Civil Veterinary Department. Madras. Admin. report 1926-33 - 1926-1933
Year: 1926
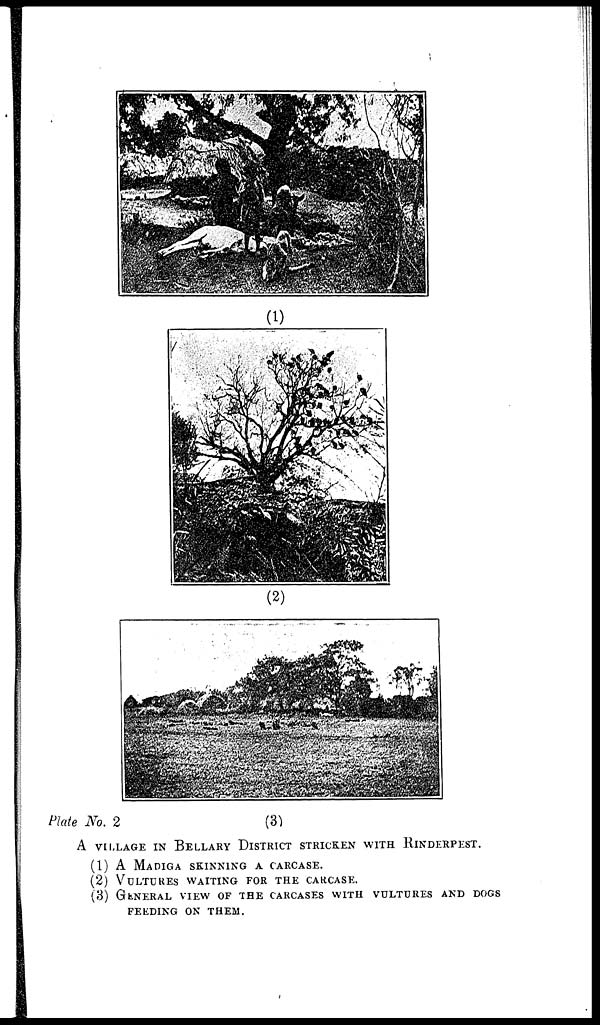
Plate No. 2
A VILLAGE IN BELLARY DISTRICT STRICKEN WITH RINDERPEST.
(1) A MADIGA SKINNING A CARCASE.
(2) VULTURES WAITING FOR THE CARCASE.
(3) GENERAL VIEW OF THE CARCASES WITH VULTURES AND DOGS
FEEDING ON THEM.